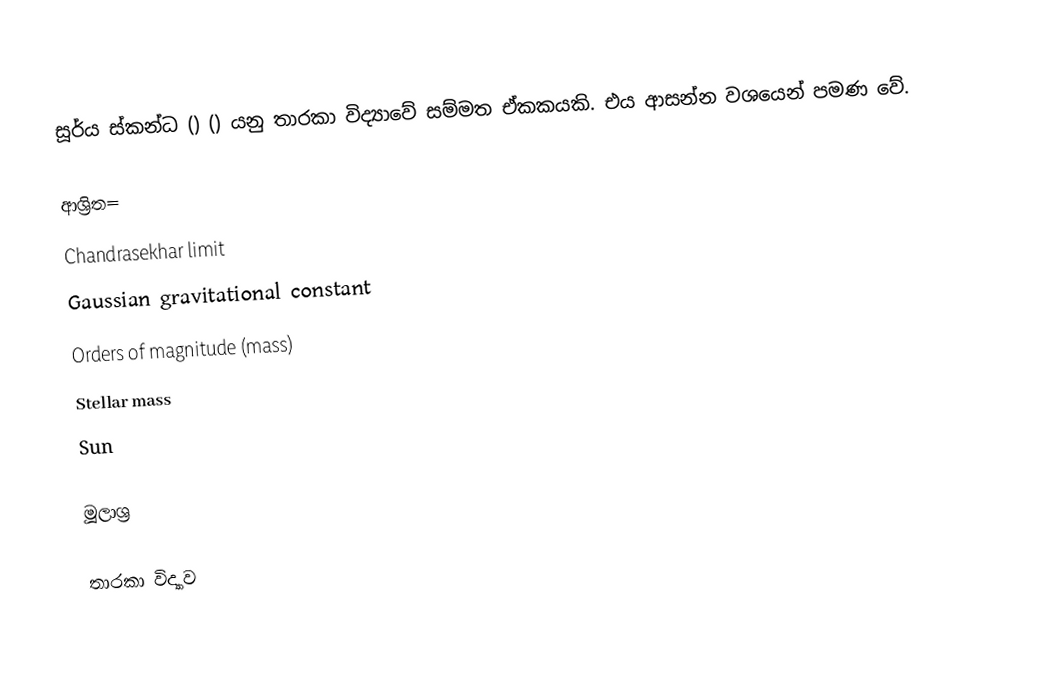
සූර්ය ස්කන්ධ () () යනු තාරකා විද්‍යාවේ සම්මත ඒකකයකි. එය ආසන්න වශයෙන්  පමණ වේ.

ආශ්‍රිත=
Chandrasekhar limit
Gaussian gravitational constant
Orders of magnitude (mass)
Stellar mass
Sun

මූලාශ්‍ර

තාරකා විද්‍යාව